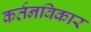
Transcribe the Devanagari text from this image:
कर्तनविकार